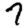
Digit: 7